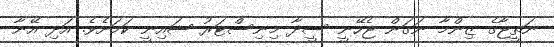
ނަތީޖާގެ ޒިންމާ ނަގަން ޖެހޭނީ ސީދާ މިނިސްޓަރު ޝައިނީ ކަމަށެވެ. އަދި އޭނާ